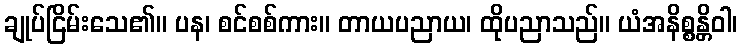
ချုပ်ငြိမ်းသေ၏။ ပန၊ စင်စစ်ကား။ တာယပညာယ၊ ထိုပညာသည်။ ယံအနိစ္စန္တိဝါ၊